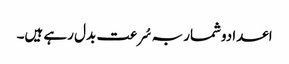
اعدادوشمار بہ سُرعت بدل رہے ہیں۔